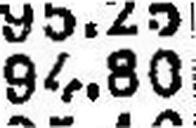
94.80